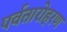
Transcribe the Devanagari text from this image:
पर्वतारोहरण